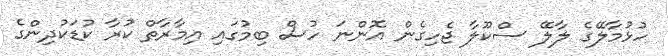
ހުޅުމާލޭގެ ލާލޭ ސްކޫލާ ޖެހިގެން އޮންނަ ހުސް ބިމުގައި އިމާރާތް ކުރާ ކުޑަކުދިންގެ